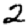
Digit: 2